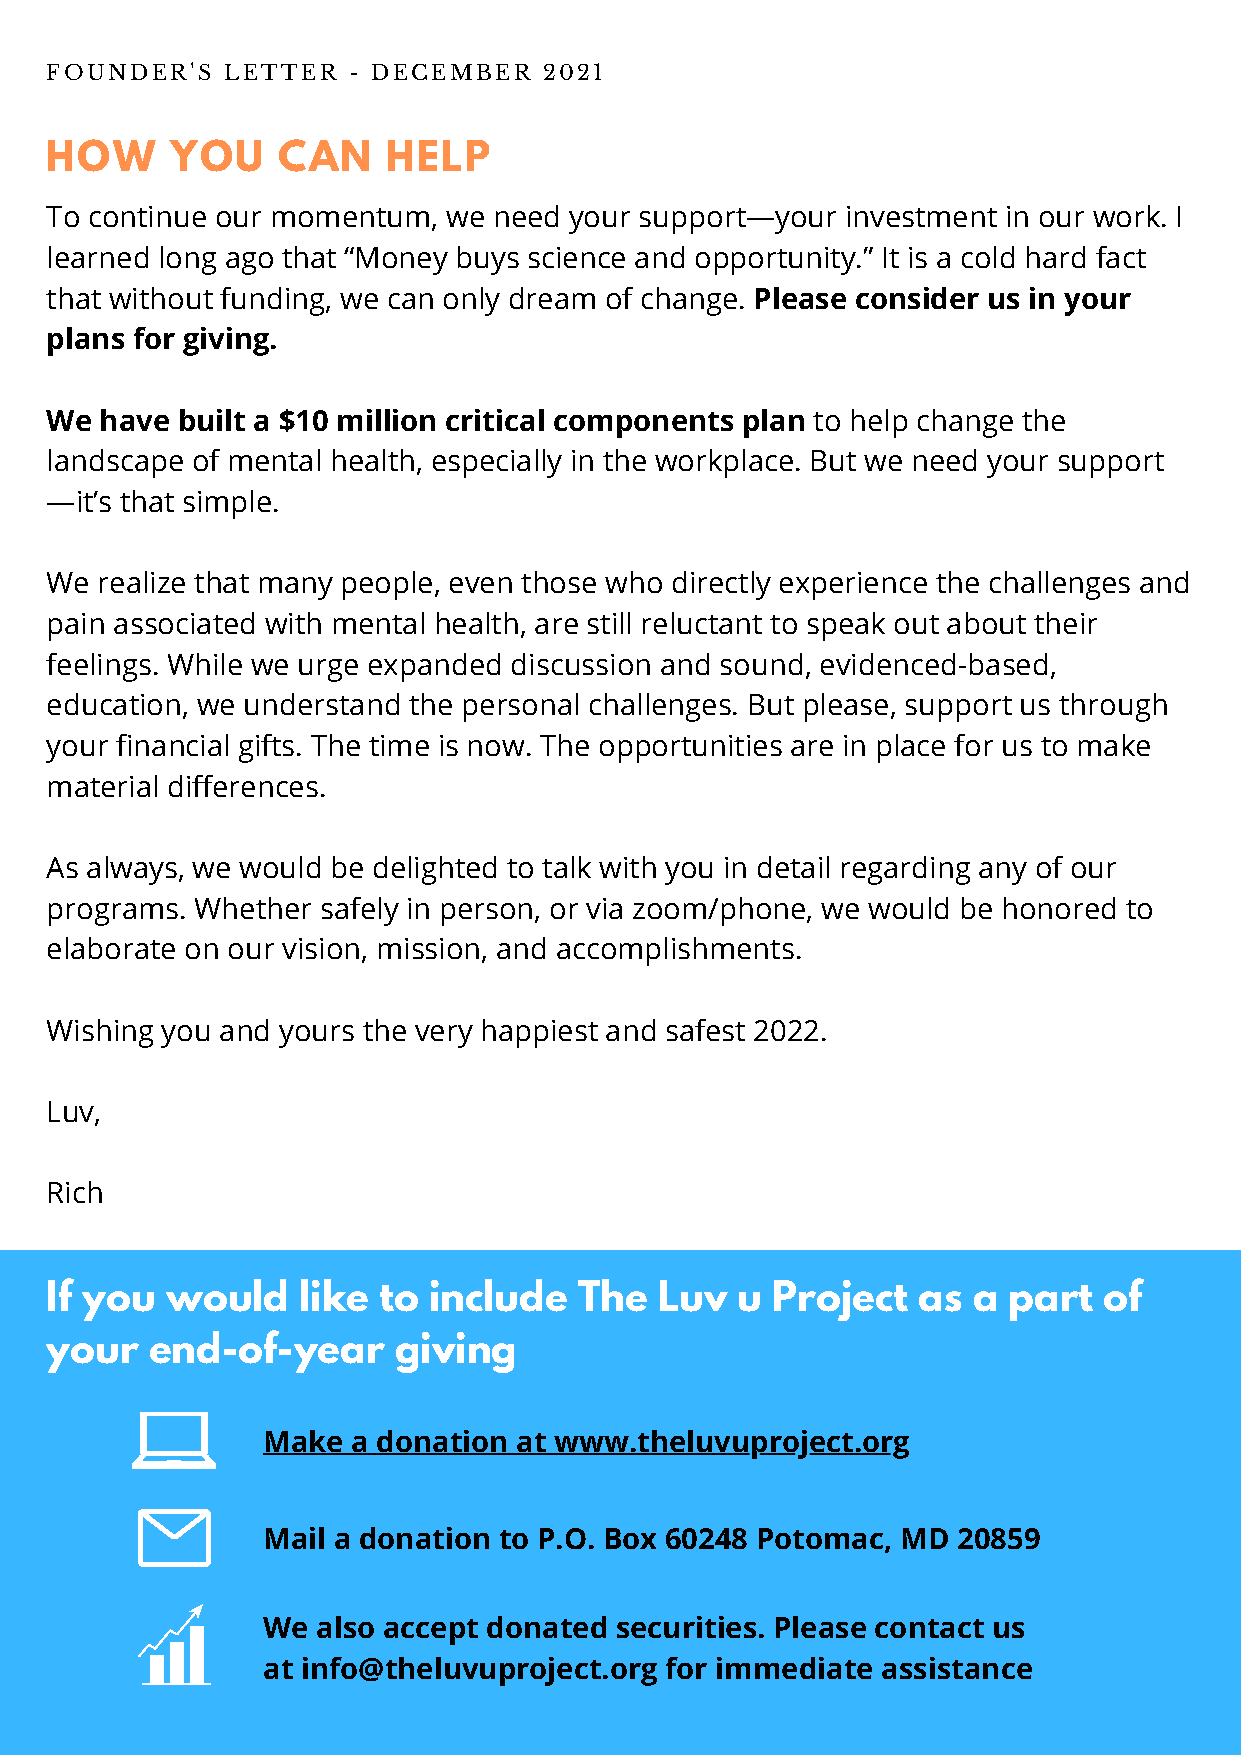
FOUNDER'S   LETTER  - DECEMBER   2021
 HOW     YOU    CAN     HELP
 To continue our momentum,  we need your support—your investment in our work. I
 learned long ago that “Money buys science and opportunity.” It is a cold hard fact
 that without funding, we can only dream of change. Please consider us in your
 plans for giving.
 We  have built a $10 million critical components plan to help change the
 landscape of mental health, especially in the workplace. But we need your support
 —it’s that simple.
 We realize that many people, even those who directly experience the challenges and
 pain associated with mental health, are still reluctant to speak out about their
 feelings. While we urge expanded discussion and sound, evidenced-based,
 education, we understand the personal challenges. But please, support us through
 your financial gifts. The time is now. The opportunities are in place for us to make
 material differences.
 As always, we would be delighted to talk with you in detail regarding any of our
 programs. Whether safely in person, or via zoom/phone, we would be honored to
 elaborate on our vision, mission, and accomplishments.
 Wishing you and yours the very happiest and safest 2022.
 Luv,
 Rich
 If you  would    like to include   The   Luv  u Project   as a  part  of
 your   end-of-year     giving
 Make  a donation at www.theluvuproject.org
 Mail a donation to P.O. Box 60248 Potomac, MD 20859
 We  also accept donated securities. Please contact us
 at info@theluvuproject.org for immediate assistance